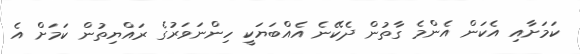
ކަމަށާއި އެކަން އެންމެ ގާތުން ދެކޭނެ އެއްބަޔަކީ ހިންނަވަރުގެ ރައްޔިތުން ކަމަށް އެ